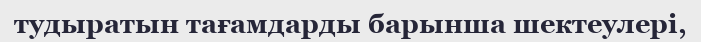
тудыратын тағамдарды барынша шектеулері,